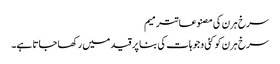
سرخ ہرن کی مصنوعاتترمیم
سرخ ہرن کو کئی وجوہات کی بنا پر قید میں رکھا جاتا ہے۔